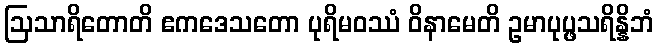
ဩသာရိတောတိ ဧကဒေသတော ပုရိမဝဿံ ဝိနာမေတိ ဥမာပုပ္ဖသရိန္နိဘံ